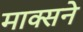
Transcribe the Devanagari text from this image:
माक्सने